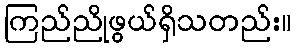
ကြည်ညိုဖွယ်ရှိသတည်း။